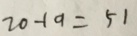
7 0 - 1 9 = 5 1